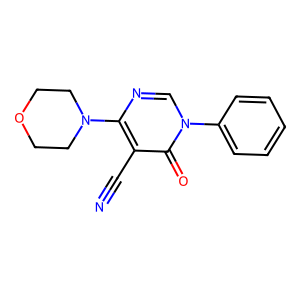
SMILES: N#Cc1c(N2CCOCC2)ncn(-c2ccccc2)c1=O
Inhibits HIV replication: No